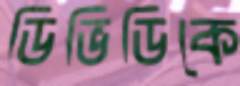
ডিভিডিকে